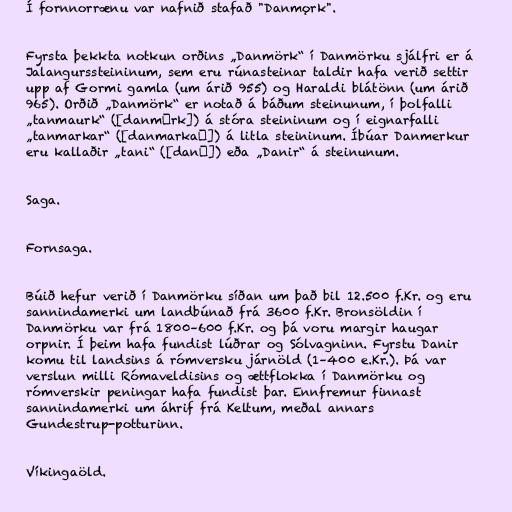
Í fornnorrænu var nafnið stafað "Danmǫrk".

Fyrsta þekkta notkun orðins „Danmörk“ í Danmörku sjálfri er á
Jalangurssteininum, sem eru rúnasteinar taldir hafa verið settir
upp af Gormi gamla (um árið 955) og Haraldi blátönn (um árið
965). Orðið „Danmörk“ er notað á báðum steinunum, í þolfalli
„tanmaurk“ ([danmɒrk]) á stóra steininum og í eignarfalli
„tanmarkar“ ([danmarkaɽ]) á litla steininum. Íbúar Danmerkur
eru kallaðir „tani“ ([danɪ]) eða „Danir“ á steinunum.

Saga.

Fornsaga.

Búið hefur verið í Danmörku síðan um það bil 12.500 f.Kr. og eru
sannindamerki um landbúnað frá 3600 f.Kr. Bronsöldin í
Danmörku var frá 1800–600 f.Kr. og þá voru margir haugar
orpnir. Í þeim hafa fundist lúðrar og Sólvagninn. Fyrstu Danir
komu til landsins á rómversku járnöld (1–400 e.Kr.). Þá var
verslun milli Rómaveldisins og ættflokka í Danmörku og
rómverskir peningar hafa fundist þar. Ennfremur finnast
sannindamerki um áhrif frá Keltum, meðal annars
Gundestrup-potturinn.

Víkingaöld.